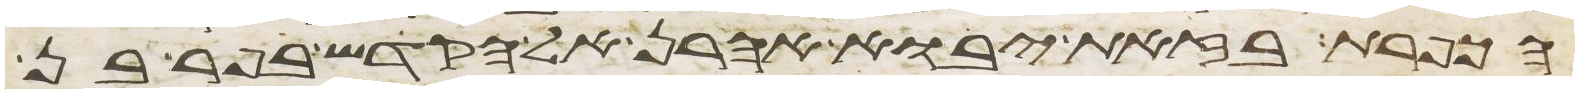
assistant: הכפרת בזאת יבוא אהרן אל הקדש בפר בן